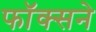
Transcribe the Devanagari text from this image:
फॉक्सने